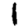
Digit: 1